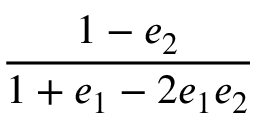
\displaystyle \frac { 1 - e _ { 2 } } { 1 + e _ { 1 } - 2 e _ { 1 } e _ { 2 } }